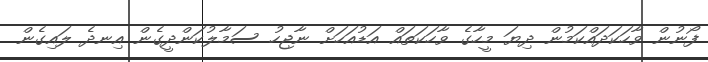
ފޯނުން ވާހަކަދައްކަމުން ދިޔަ މީހާގެ ވާހަކަތައް އަޑުއަހަށް ނާޖިހު ސަމާލުކަންދީގެން އިނދެ ލައިގެން